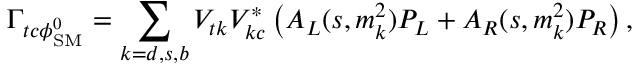
\Gamma _ { t c \phi _ { \mathrm { S M } } ^ { 0 } } = \sum _ { k = d , s , b } V _ { t k } V _ { k c } ^ { * } \left( A _ { L } ( s , m _ { k } ^ { 2 } ) P _ { L } + A _ { R } ( s , m _ { k } ^ { 2 } ) P _ { R } \right) ,